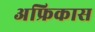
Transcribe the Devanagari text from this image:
अफ्रिकास